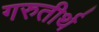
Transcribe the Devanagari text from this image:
गरुतीर्थ